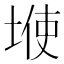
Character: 𱗆